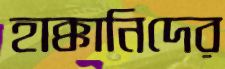
হাক্কানিদের